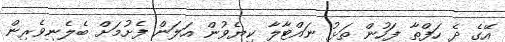
އޭގެ ދެ ހަފްތާ ފަހުން ތަޅު ނައްޓާލާ ކިޔެވުން އަލަން ފެށުމަށް ބެލެނިވެރިން